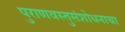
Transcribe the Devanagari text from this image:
पुराणवस्तुसंशोधनाचा